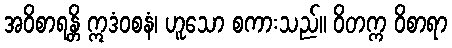
အဝိစာရန္တိ ဣဒံဝစနံ၊ ဟူသော စကားသည်။ ဝိတက္က ဝိစာရာ